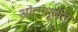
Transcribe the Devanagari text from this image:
आत्मपूर्णता